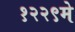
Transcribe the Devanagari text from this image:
१२२९मे